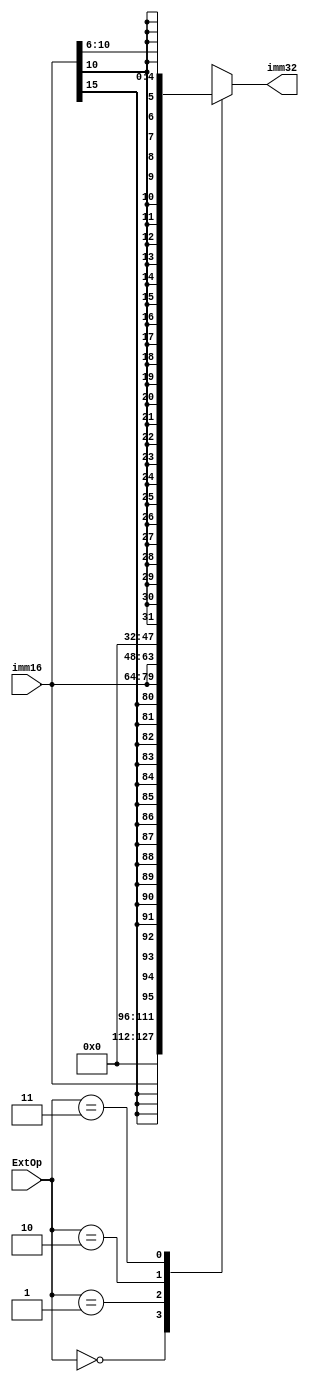
`timescale 1ns / 1ps
//////////////////////////////////////////////////////////////////////////////////
// Company: 
// Engineer: 
// 
// Design Name: 
// Module Name: ext
// Project Name: 
// Target Devices: 
// Tool Versions: 
// Description: 
// 
// Dependencies: 
// 
// Revision:
// Revision 0.01 - File Created
// Additional Comments:
// 
//////////////////////////////////////////////////////////////////////////////////


module ext(imm16, imm32, ExtOp);  //32
    input [15:0]imm16;   
    input [1:0]ExtOp;
    output reg[31:0]imm32;
    
    parameter zero = 2'b00;
    parameter sign = 2'b01;
    parameter lui = 2'b10;
    parameter shamt = 2'b11;
    
    always@(*)begin
        case(ExtOp)
          zero: imm32 = {16'b0, imm16}; // 0
          sign: imm32 = {{16{imm16[15]}},  imm16};   //
          lui: imm32 = {imm16, 16'b0};   //16160
          shamt: imm32 = {{27{imm16[10]}},imm16[10:6]};  //
        endcase
    end
endmodule